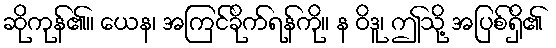
ဆိုကုန်၏။ ယေန၊ အကြင်ခိုက်ရန်ကို။ န ဝိဒူ၊ ဤသို့ အပြစ်ရှိ၏